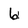
Character: 6